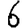
Digit: 6